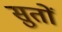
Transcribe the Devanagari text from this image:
सुतों